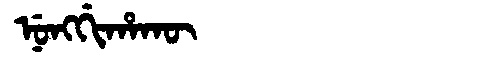
Manchu: ᠨᡠᠩᡤᡳᡥᠠᡴᡡ
Romanization: NUNGGIHAKŪ